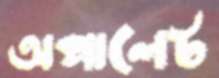
অক্সালেট